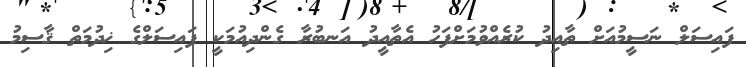
ފައިސަލް ނަސީމުއަށް ތާއިދު ކުރެއްވުމަށްފަހު އެތާއީދު އަނބުރާ ގެންދިއުމަކީ ފައިސަލްގެ ޚިދުމަތް ޤާސިމު